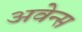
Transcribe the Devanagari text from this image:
अवेन्स